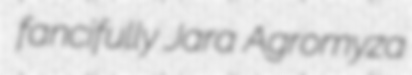
fancifully Jara Agromyza